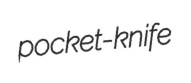
pocket-knife